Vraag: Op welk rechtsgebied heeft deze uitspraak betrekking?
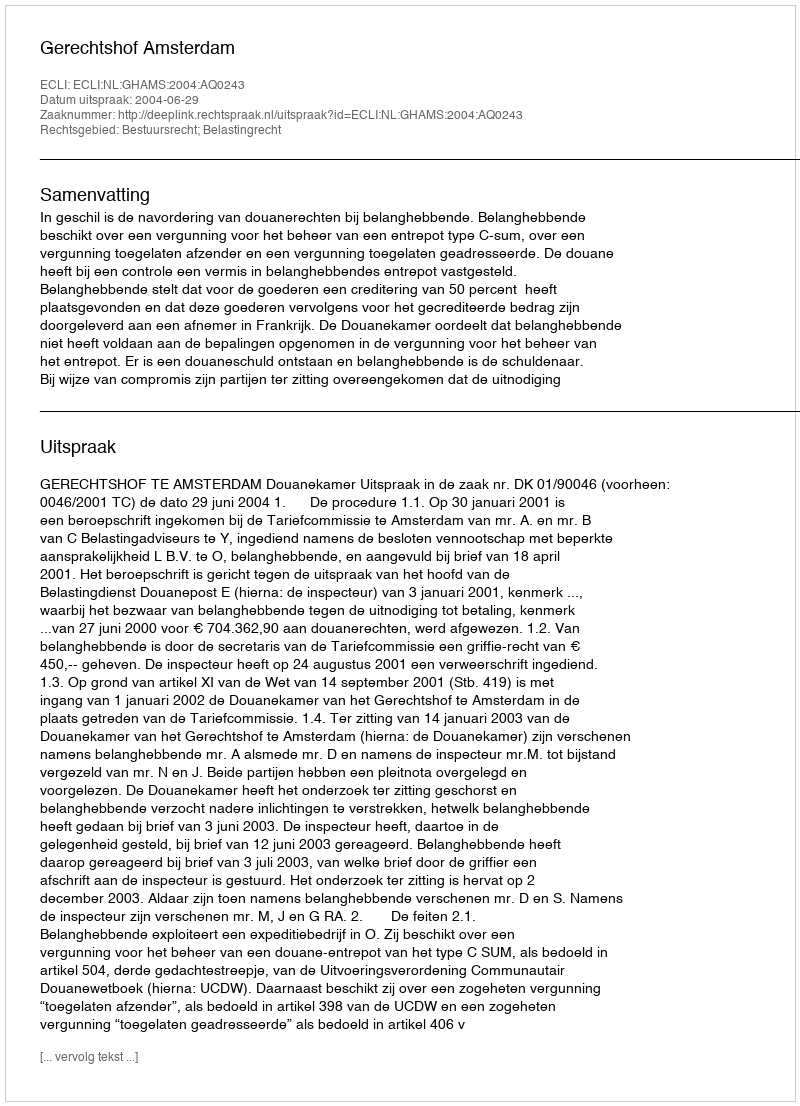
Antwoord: Bestuursrecht; Belastingrecht